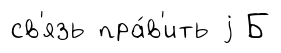
св'язь пра́в'ить j Б